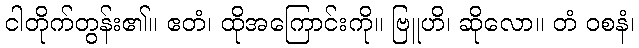
ငါတိုက်တွန်း၏။ ဧတံ၊ ထိုအကြောင်းကို။ ဗြူဟိ၊ ဆိုလော။ တံ ဝစနံ၊